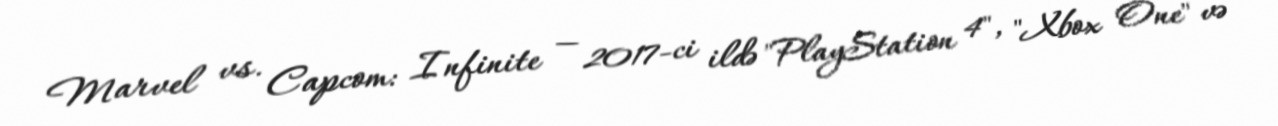
Marvel vs. Capcom: Infinite — 2017-ci ildə "PlayStation 4", "Xbox One" və